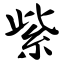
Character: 紫